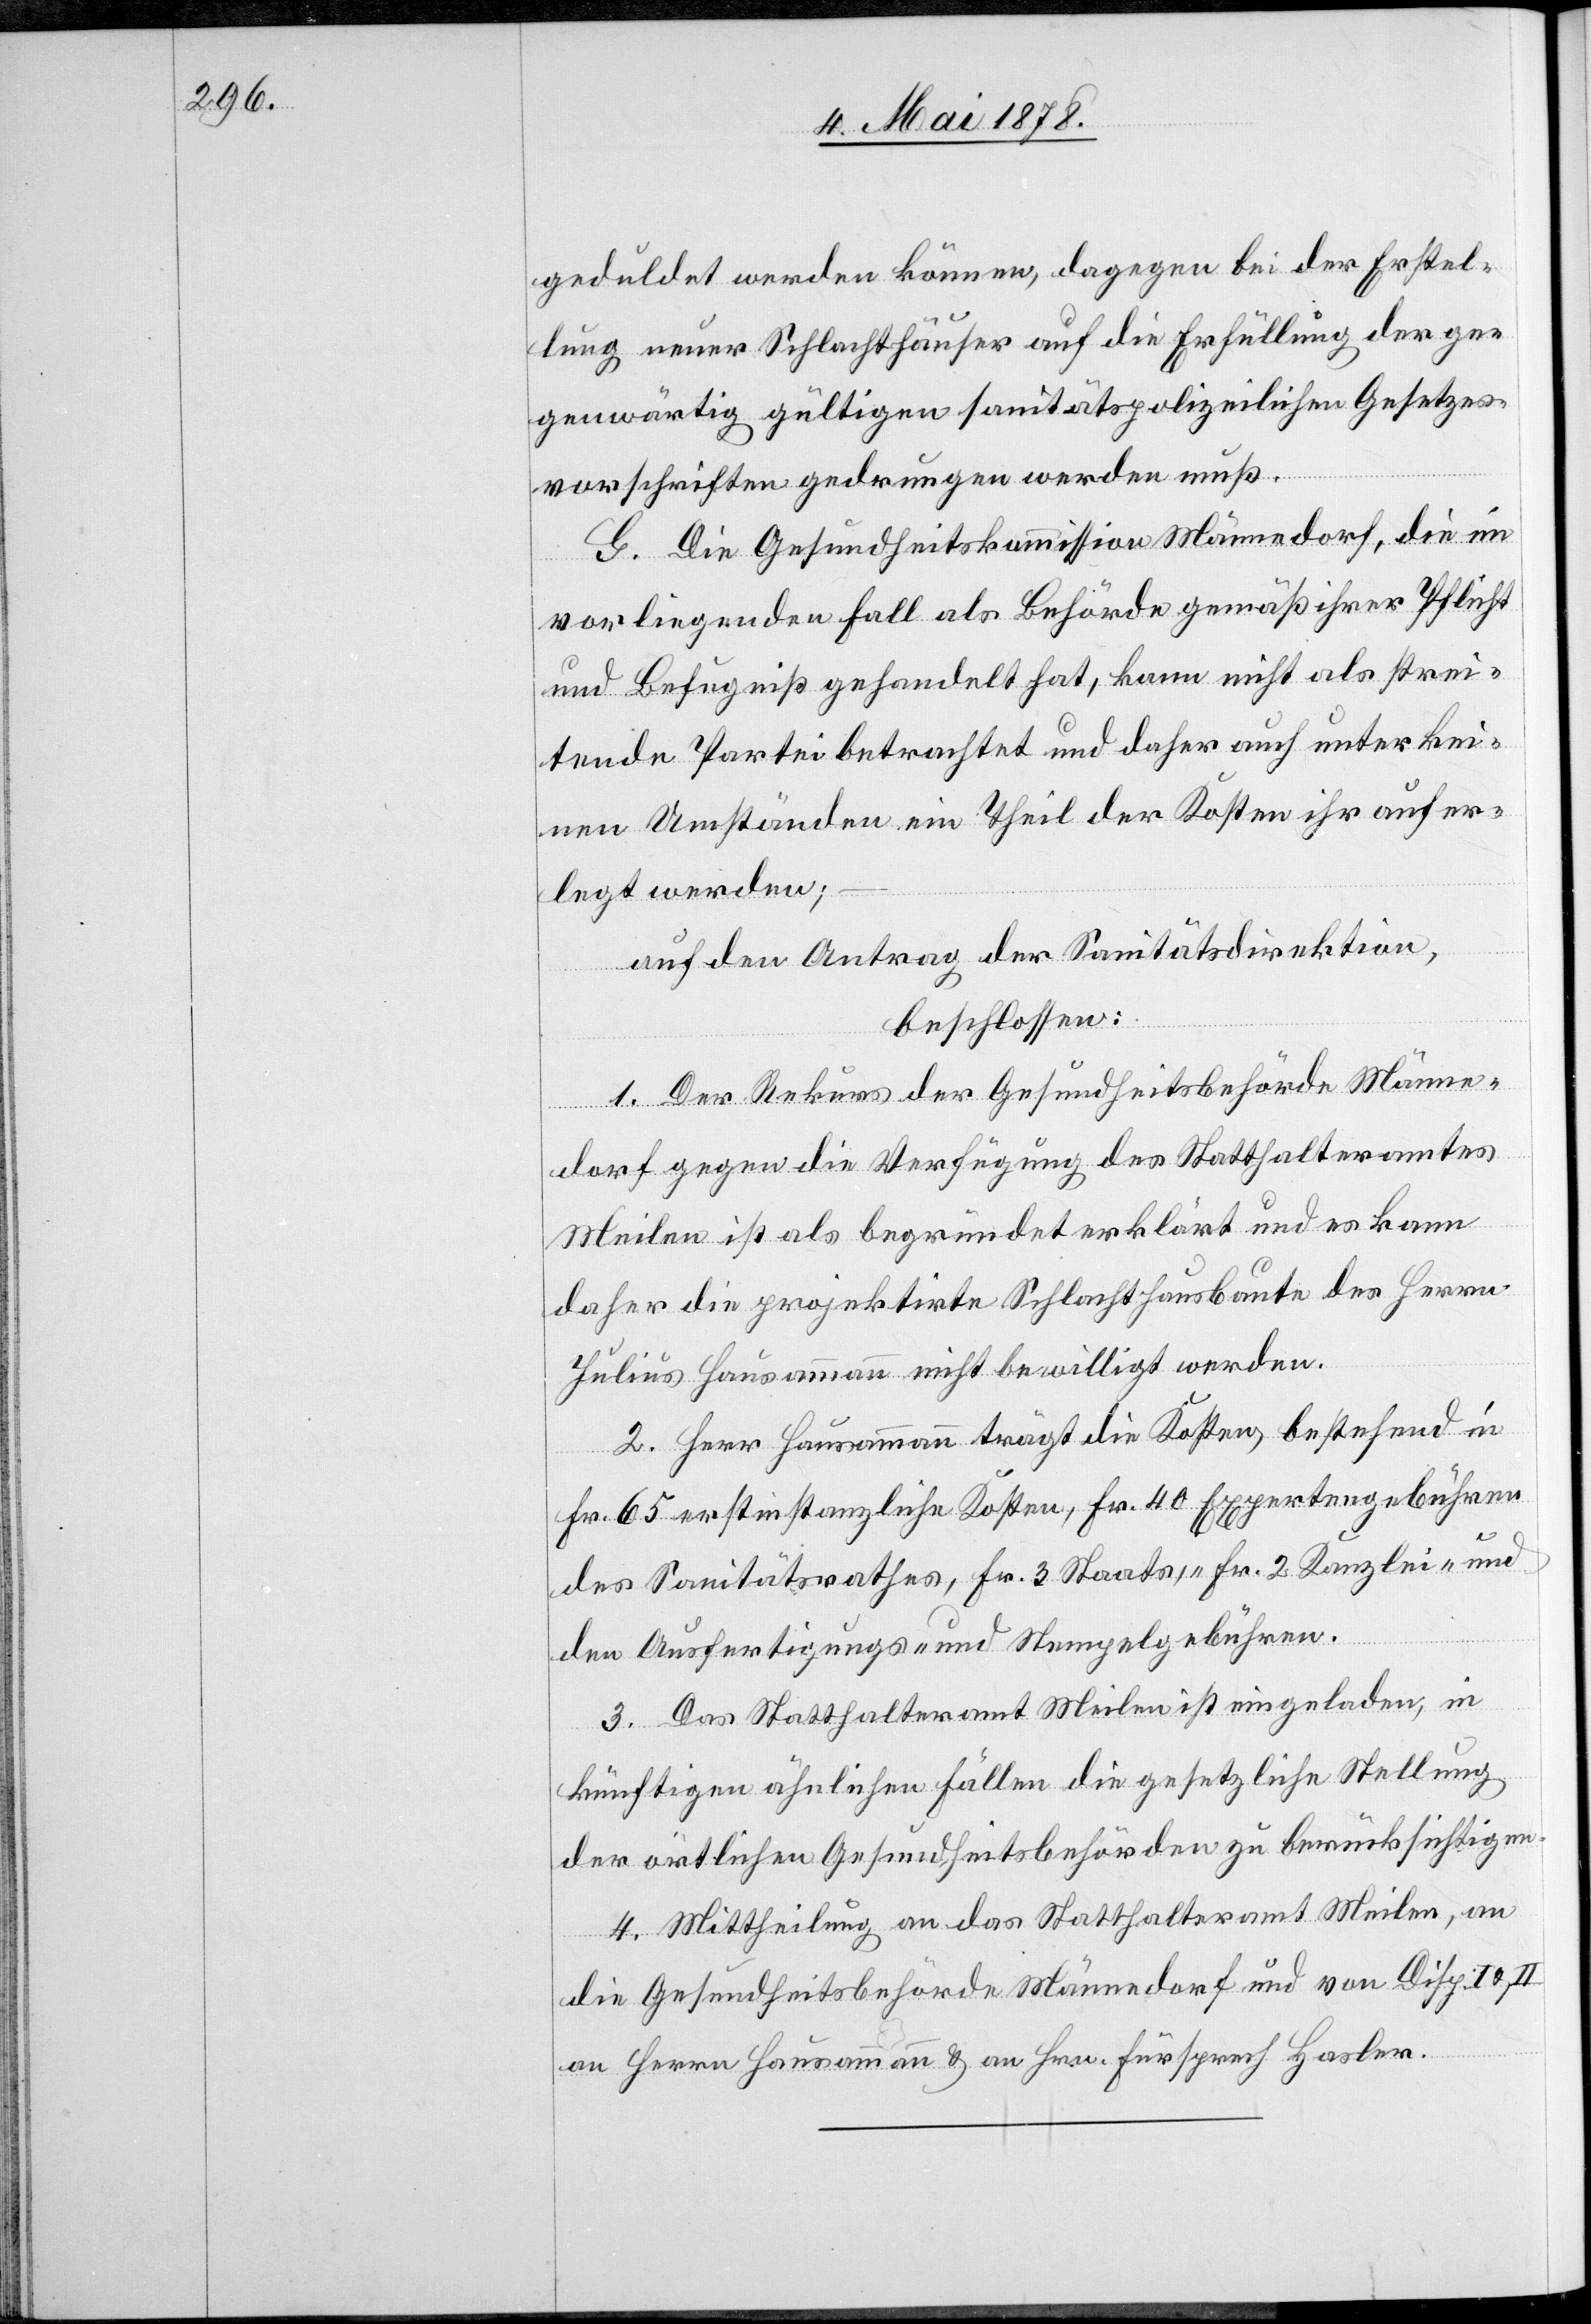
geduldet werden können, dagegen bei der Erstel¬
lung neuer Schlachthäuser auf die Erfüllung der ge¬
genwärtig gültigen sanitätspolizeilichen Gesetzes¬
vorschriften gedrungen werden muß.
G. Die Gesundheitskommission Männedorf, die im
vorliegenden Fall als Behörde gemäß ihrer Pflicht
und Befugniß gehandelt hat, kann nicht als strei¬
tende Partei betrachtet und daher auch unter kei¬
nen Umständen ein Theil der Kosten ihr aufer¬
legt werden;
auf den Antrag der Sanitätsdirektion,
beschlossen:
1. Der Rekurs der Gesundheitsbehörde Männe¬
dorf gegen die Verfügung des Statthalteramtes
Meilen ist als begründet erklärt und es kann
daher die projektirte Schlachthausbaute des Herrn
Julius Hausammann nicht bewilligt werden.
2. Herr Hausammann trägt die Kosten, bestehend in
Fr. 65 erstinstanzliche Kosten, Fr. 40 Expertengebühren
des Sanitätsrathes, Fr. 3 Staats-, Fr. 2 Kanzlei- und
den Ausfertigungs- und Stempelgebühren.
3. Das Statthalteramt Meilen ist eingeladen, in
künftigen ähnlichen Fällen die gesetzliche Stellung
der örtlichen Gesundheitsbehörden zu berücksichtigen.
4. Mittheilung an das Statthalteramt Meilen, an
die Gesundheitsbehörde Männedorf und von Disp. I
an Herrn Hausammann & an Hrn. Fürsprech Hasler.